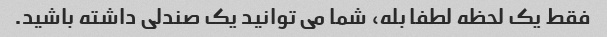
فقط یک لحظه لطفا بله، شما می توانید یک صندلی داشته باشید.